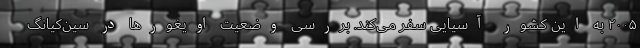
۲۰۰۵ به این کشور آسیایی سفر می‌کند. بررسی وضعیت اویغور‌ها در سین‌کیانگ